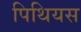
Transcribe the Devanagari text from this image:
पिथियस